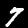
Label: 7